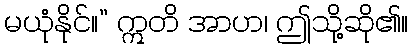
မယုံနိုင်။” ဣတိ အာဟ၊ ဤသို့ဆို၏။